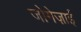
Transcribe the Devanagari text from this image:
जोगेज़ाई